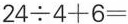
$$2 4 \div 4 + 6 =$$